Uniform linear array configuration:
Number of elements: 48
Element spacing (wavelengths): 1
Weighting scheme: binomial
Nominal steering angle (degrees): -15
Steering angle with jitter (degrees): -16.053
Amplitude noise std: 0.05
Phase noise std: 0.05

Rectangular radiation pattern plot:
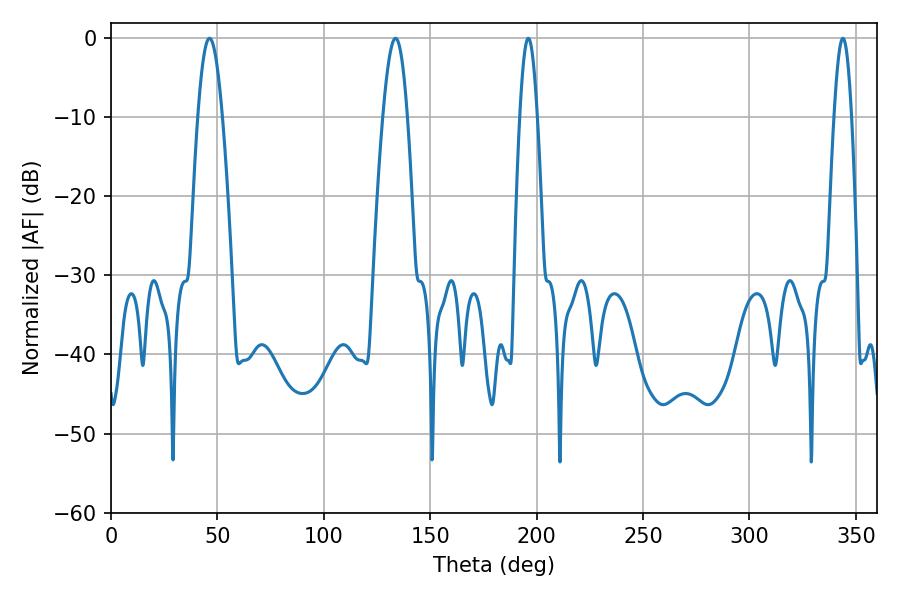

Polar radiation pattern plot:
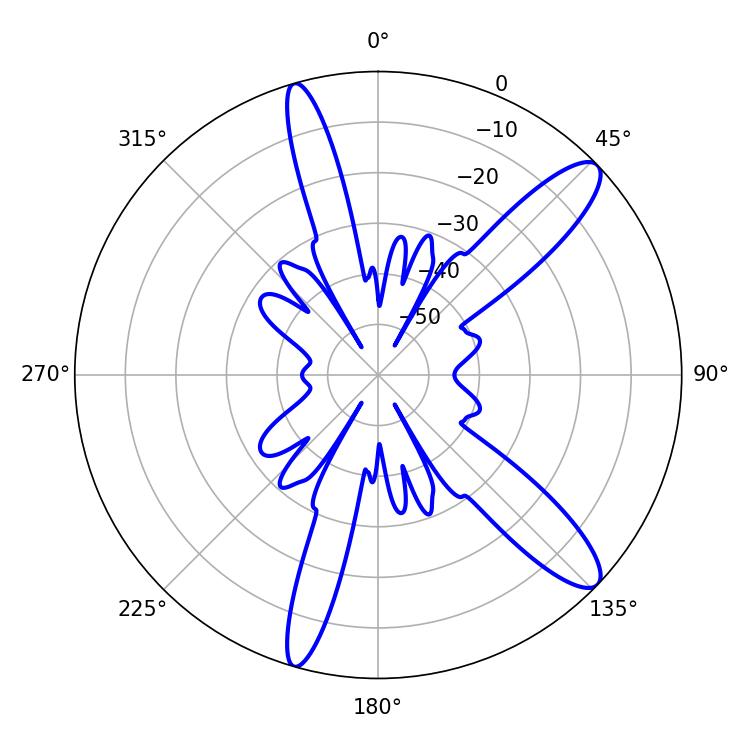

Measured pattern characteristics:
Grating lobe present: TRUE
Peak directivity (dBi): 12.066
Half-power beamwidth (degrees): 6.3
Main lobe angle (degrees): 46.26